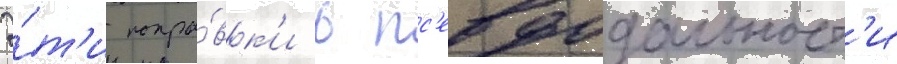
Э́т'и попра́вк'и в пс'евдодальност'и